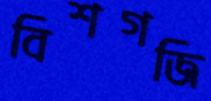
বিশগজি